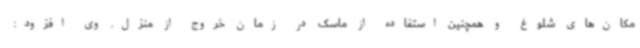
مکان‌های شلوغ و همچنین استفاده از ماسک در زمان خروج از منزل. وی افزود: